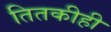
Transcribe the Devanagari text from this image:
तितकीही